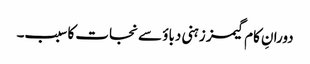
دورانِ کام گیمز زہنی دباؤ سے نجات کا سبب۔